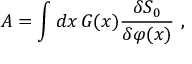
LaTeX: A = \int d x \, G ( x ) \frac { \delta S _ { 0 } } { \delta \varphi ( x ) } \ ,